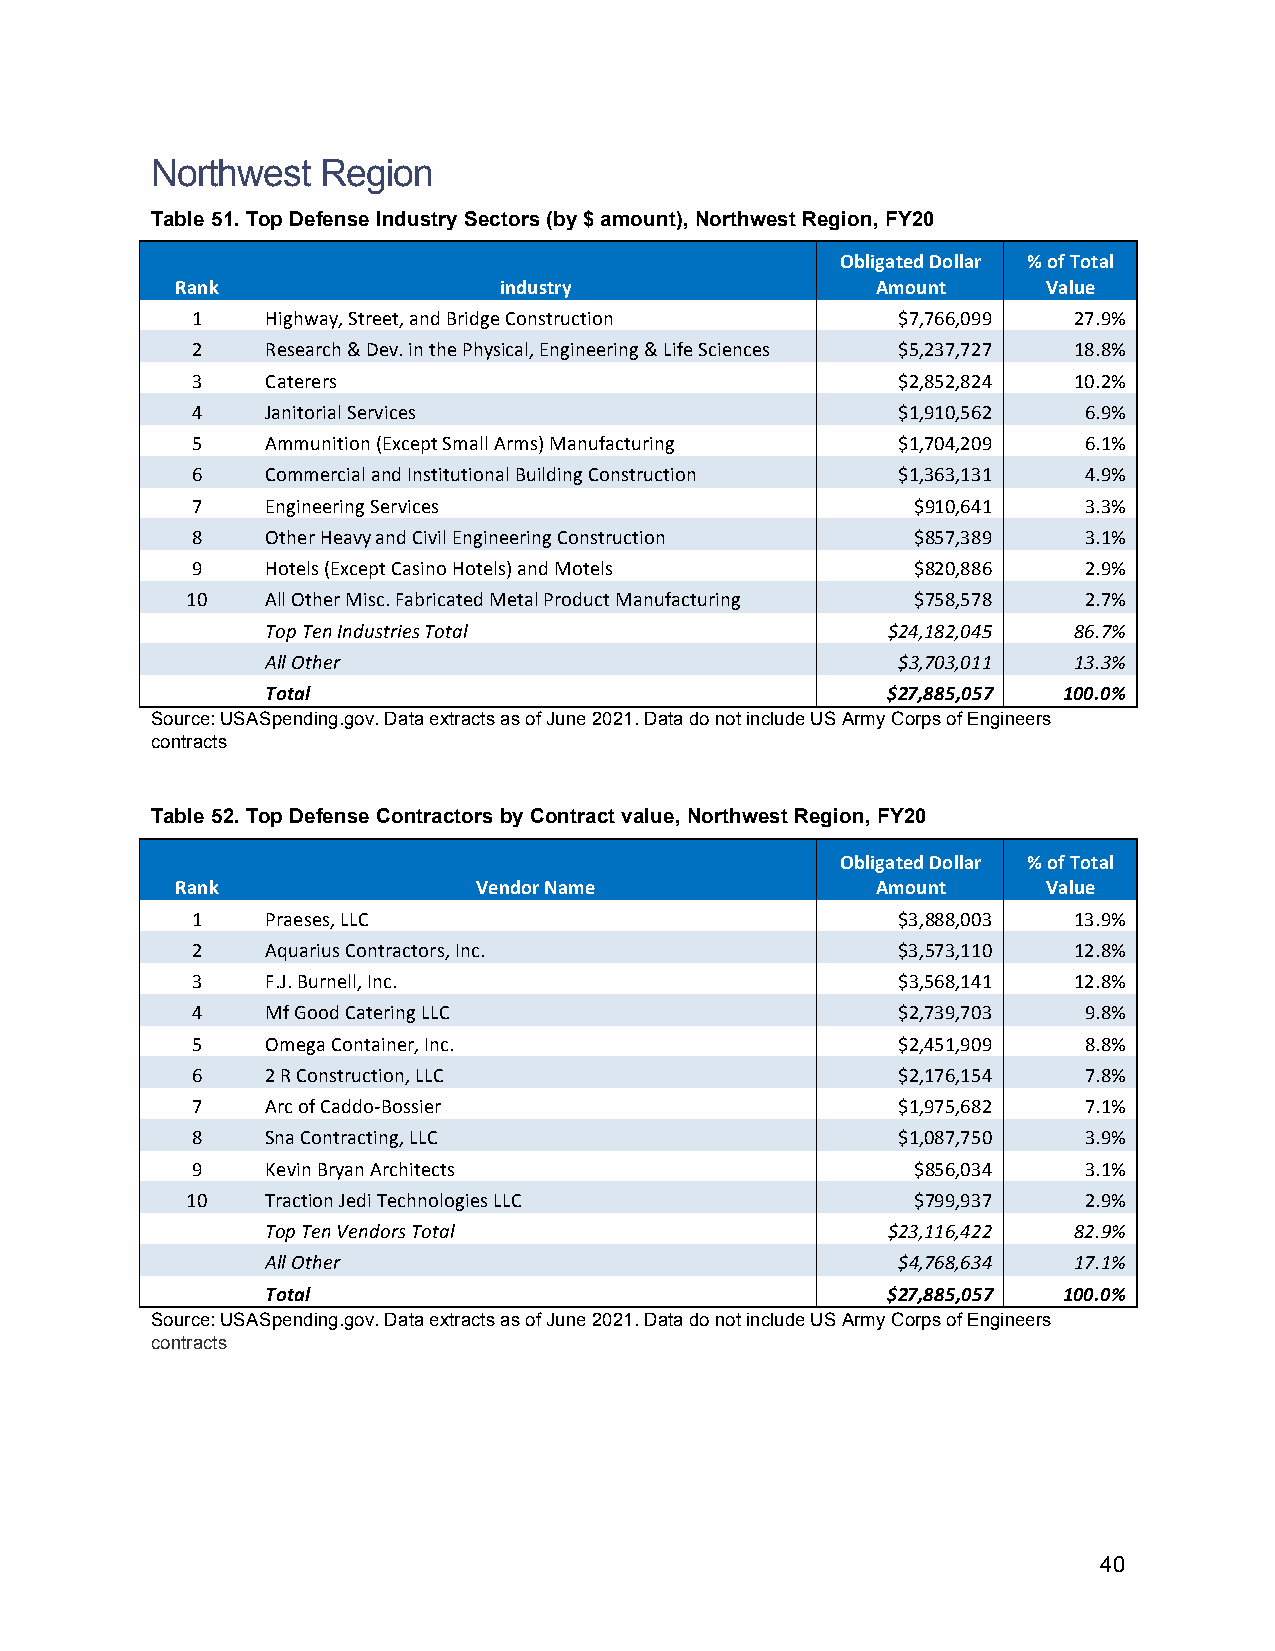
Northwest  Region
 Table 51. Top Defense Industry Sectors (by $ amount), Northwest Region, FY20
 Obligated Dollar % of Total
 Rank                 industry                 Amount     Value
 1    Highway, Street, and Bridge Construction $7,766,099  27.9%
 2    Research & Dev. in the Physical, Engineering & Life Sciences $5,237,727 18.8%
 3    Caterers                                 $2,852,824  10.2%
 4    Janitorial Services                      $1,910,562   6.9%
 5    Ammunition (Except Small Arms) Manufacturing $1,704,209 6.1%
 6    Commercial and Institutional Building Construction $1,363,131 4.9%
 7    Engineering Services                       $910,641   3.3%
 8    Other Heavy and Civil Engineering Construction $857,389 3.1%
 9    Hotels (Except Casino Hotels) and Motels   $820,886   2.9%
 10    All Other Misc. Fabricated Metal Product Manufacturing $758,578 2.7%
 Top Ten Industries Total                 $24,182,045 86.7%
 All Other                                $3,703,011  13.3%
 Total                                    $27,885,057 100.0%
 Source: USASpending.gov. Data extracts as of June 2021. Data do not include US Army Corps of Engineers
 contracts
 Table 52. Top Defense Contractors by Contract value, Northwest Region, FY20
 Obligated Dollar % of Total
 Rank               Vendor Name                Amount     Value
 1    Praeses, LLC                             $3,888,003  13.9%
 2    Aquarius Contractors, Inc.               $3,573,110  12.8%
 3    F.J. Burnell, Inc.                       $3,568,141  12.8%
 4    Mf Good Catering LLC                     $2,739,703   9.8%
 5    Omega Container, Inc.                    $2,451,909   8.8%
 6    2 R Construction, LLC                    $2,176,154   7.8%
 7    Arc of Caddo-Bossier                     $1,975,682   7.1%
 8    Sna Contracting, LLC                     $1,087,750   3.9%
 9    Kevin Bryan Architects                     $856,034   3.1%
 10    Traction Jedi Technologies LLC             $799,937   2.9%
 Top Ten Vendors Total                    $23,116,422 82.9%
 All Other                                $4,768,634  17.1%
 Total                                    $27,885,057 100.0%
 Source: USASpending.gov. Data extracts as of June 2021. Data do not include US Army Corps of Engineers
 contracts
 40